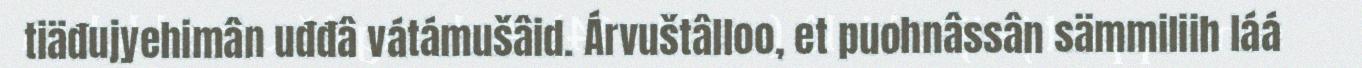
tiäđujyehimân uđđâ vátámušâid. Árvuštâlloo, et puohnâssân sämmiliih láá